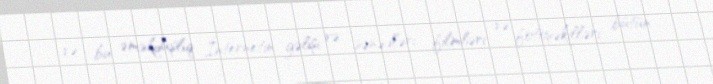
və bu əməkdaşlıq İnternetin gəlişi və sənədləri, filmləri və fotoşəkilləri bütün